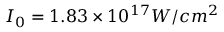
I _ { 0 } = 1 . 8 3 \times 1 0 ^ { 1 7 } W / c m ^ { 2 }